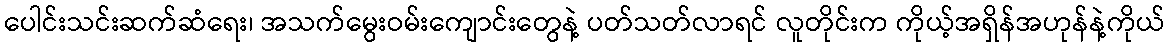
ပေါင်းသင်းဆက်ဆံရေး၊ အသက်မွေးဝမ်းကျောင်းတွေနဲ့ ပတ်သတ်လာရင် လူတိုင်းက ကိုယ့်အရှိန်အဟုန်နဲ့ကိုယ်